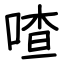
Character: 喳